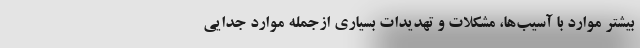
بیشتر موارد با آسیب‌ها، مشکلات و تهدیدات بسیاری ازجمله موارد جدایی